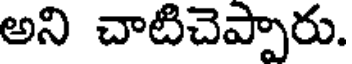
అని చాటిచెప్పారు.